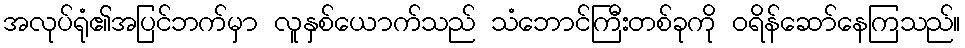
အလုပ်ရုံ၏အပြင်ဘက်မှာ လူနှစ်ယောက်သည် သံဘောင်ကြီးတစ်ခုကို ဝရိန်ဆော်နေကြသည်။